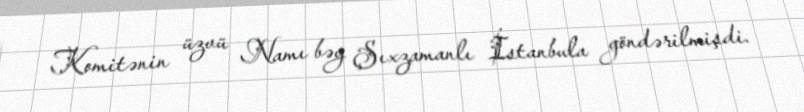
Komitənin üzvü Namı bəy Şıxzamanlı İstanbula göndərilmişdi.